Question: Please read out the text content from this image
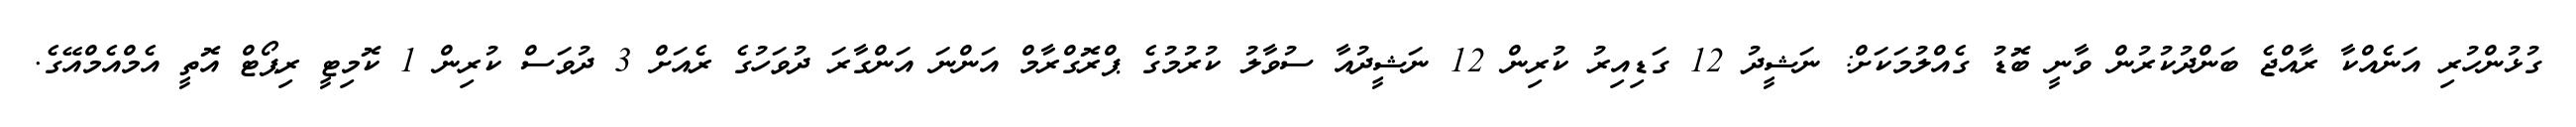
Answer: ގުޅުންހުރި އަނެއްކާ ރާއްޖެ ބަންދުކުރުން ވާނީ ބޮޑު ގެއްލުމަކަށް: ނަޝީދު 12 ގަޑިއިރު ކުރިން 12 ނަޝީދުއާ ސުވާލު ކުރުމުގެ ޕްރޮގްރާމް އަންނަ އަންގާރަ ދުވަހުގެ ރެއަށް 3 ދުވަސް ކުރިން 1 ކޮމިޓީ ރިޕޯޓް އޮތީ އެމްއެމްއޭގެ.